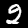
Label: 2